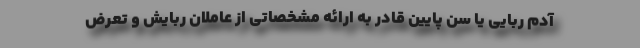
آدم ربایی یا سن پایین قادر به ارائه مشخصاتی از عاملان ربایش و تعرض